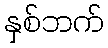
နှစ်ဘက်